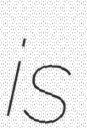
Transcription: is